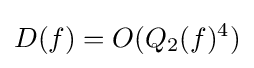
D(f)=O(Q_{2}(f)^{4})